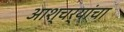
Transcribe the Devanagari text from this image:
आश्चर्यांचा